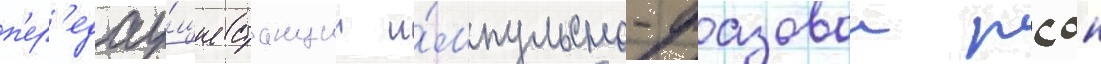
п'ер'едау́щие станции и́мпульсно-фазовои рсдн